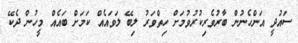
ސައުދީ އަންހެނުން ބާރުވެރިކުރުވުމަށް ހިތްވަރު ލިބޭ ލަވައެއް ކަމަށް ބައެއް މީހުން ދެކޭ